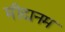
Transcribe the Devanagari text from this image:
मीदानम